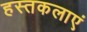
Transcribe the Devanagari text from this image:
हस्तकलाएं